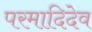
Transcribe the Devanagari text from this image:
परमादिदेव